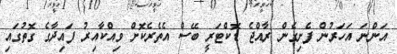
އަންނަ އަހަރުން ފެށިގެން ރާއްޖެ ޑޮކްޓަރީ ބޭސް އެތެރެކޮށް ވިއްކާއިރު ފައިދާގެ ގޮތުގައި